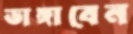
ভাঙ্গাবেন